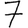
Digit: 7